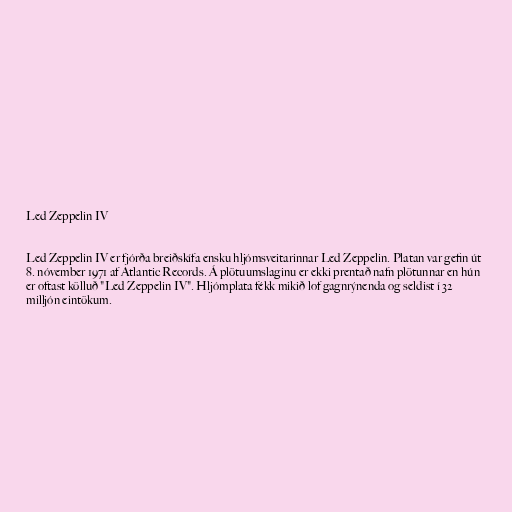
Led Zeppelin IV

Led Zeppelin IV er fjórða breiðskífa ensku hljómsveitarinnar Led Zeppelin. Platan var gefin út
8. nóvember 1971 af Atlantic Records. Á plötuumslaginu er ekki prentað nafn plötunnar en hún
er oftast kölluð "Led Zeppelin IV". Hljómplata fékk mikið lof gagnrýnenda og seldist í 32
milljón eintökum.